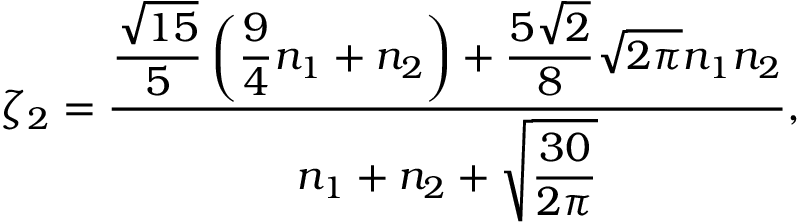
\zeta _ { 2 } = \frac { \displaystyle \frac { \sqrt { 1 5 } } { 5 } \left( \frac { 9 } { 4 } n _ { 1 } + n _ { 2 } \right) + \frac { 5 \sqrt { 2 } } { 8 } \sqrt { 2 \pi } n _ { 1 } n _ { 2 } } { n _ { 1 } + n _ { 2 } + \displaystyle \sqrt { \frac { 3 0 } { 2 \pi } } } ,